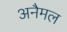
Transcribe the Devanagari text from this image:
अनैमल